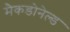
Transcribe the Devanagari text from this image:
मैकडोनेल्ड